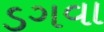
ડગવા